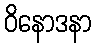
ဝိနောဒနာ